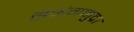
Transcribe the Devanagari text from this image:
त्रिभंगमुद्रा